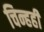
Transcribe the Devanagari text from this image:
चिन्हही